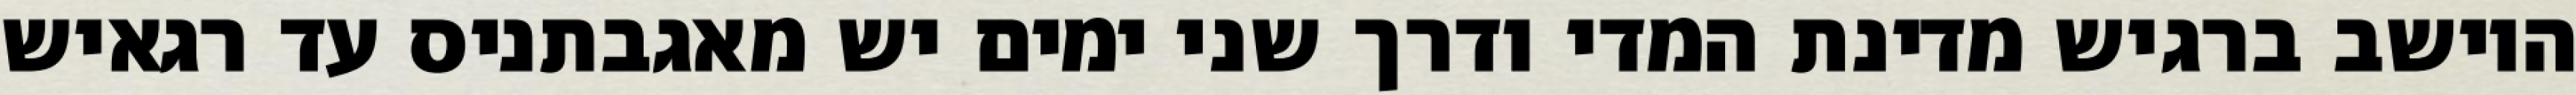
היושב ברגיש מדינת המדי ודרך שני ימים יש מאגבתניס עד רגאיש